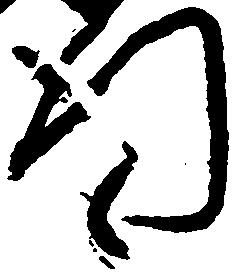
行